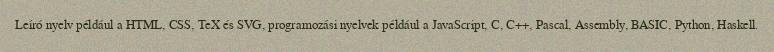
Leíró nyelv például a HTML, CSS, TeX és SVG, programozási nyelvek például a JavaScript, C, C++, Pascal, Assembly, BASIC, Python, Haskell.